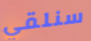
سنلقي